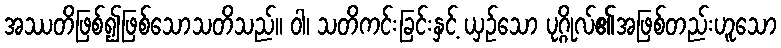
အဿတိဖြစ်၍ဖြစ်သောသတိသည်။ ဝါ၊ သတိကင်းခြင်းနှင့် ယှဉ်သော ပုဂ္ဂိုလ်၏အဖြစ်တည်းဟူသော